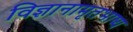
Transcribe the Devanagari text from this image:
विज्ञानामृतभाष्य